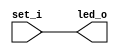
module ledmod(
    set_i,
    led_o	// output led
    );

   input  [7:0] set_i;
   output [7:0] led_o;

   assign led_o = set_i;
endmodule